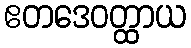
ဧတဒေဝတ္ထာယ